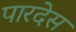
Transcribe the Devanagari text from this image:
पारदेस